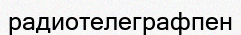
радиотелеграфпен